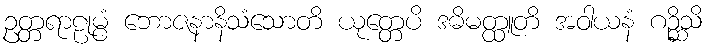
ဥတ္တရာဠုမ္ပံ ဘောဇနာနိသံသောတိ ယုတ္တေပိ ဒဓိမတ္ထူတိ အဝါယနံ ဂဉ္ဆိသိ